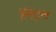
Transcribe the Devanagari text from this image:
लिट्‌ल